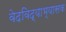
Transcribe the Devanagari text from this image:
वेदविद्याभ्यासक